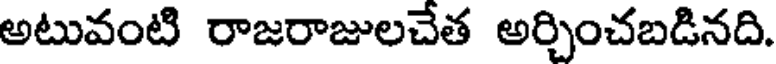
అటువంటి రాజరాజులచేత అర్చించబడినది.